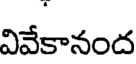
వివేకానంద